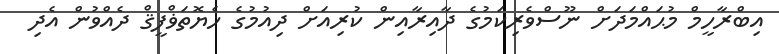
އިބްރާހީމް މުޙައްމަދަށް ނޫސްވެރިކަމުގެ ދާއިރާއިން ކުރިއަށް ދިއުމުގެ ހެޔޮތަޥްފީޤް ދެއްވުން އެދި